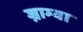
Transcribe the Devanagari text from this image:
ज्नाम्या